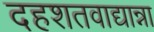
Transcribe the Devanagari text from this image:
दहशतवाद्यान्ना